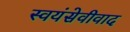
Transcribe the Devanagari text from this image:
स्वयंसेवीवाद